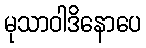
မုသာဝါဒိနောပေ